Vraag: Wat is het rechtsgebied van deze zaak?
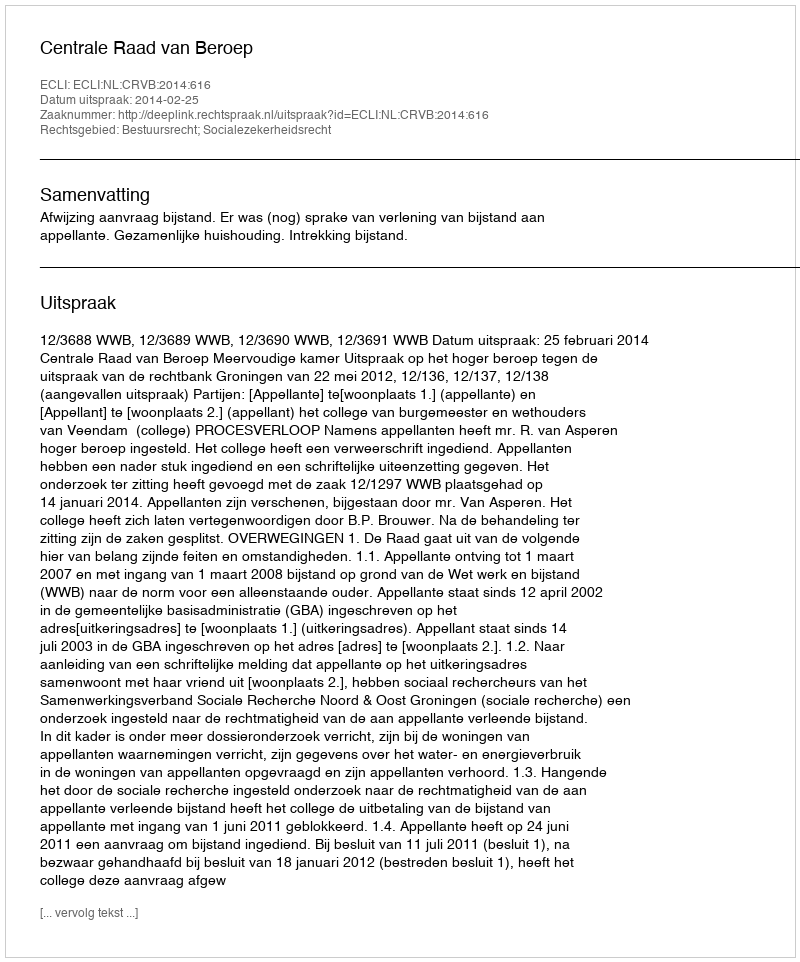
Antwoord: Bestuursrecht; Socialezekerheidsrecht